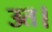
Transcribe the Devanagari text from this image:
उत।